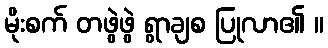
မိုးစက် တဖွဲဖွဲ ရွာချစ ပြုလာ၏ ။